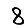
Digit: 8